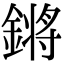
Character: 𨪙